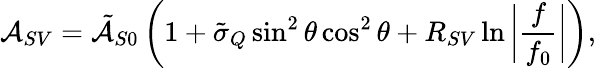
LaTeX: \mathcal{A}_{SV}=\tilde{\mathcal{A}}_{S0}\left(1+\tilde{\sigma}_{Q}\sin^{2}\theta\cos^{2}\theta+R_{SV}\ln{\bigg|\frac{f}{f_{0}}\bigg|}\right),